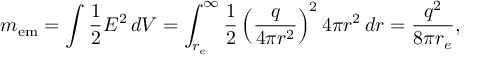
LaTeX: m _ { \mathrm { e m } } = \int { \frac { 1 } { 2 } } E ^ { 2 } \, d V = \int _ { r _ { e } } ^ { \infty } { \frac { 1 } { 2 } } \left( { \frac { q } { 4 \pi r ^ { 2 } } } \right) ^ { 2 } 4 \pi r ^ { 2 } \, d r = { \frac { q ^ { 2 } } { 8 \pi r _ { e } } } ,